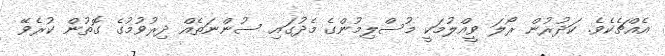
އެއްޗެކެވެ. ކަދުރުން ރޯލަ ވީއްލުމަކީ މުސްލިމުންގެ މެދުގައި ސުންނަތެއް ދިރުވުމުގެ ގޮތުން ކުރެވޭ